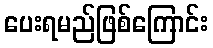
ပေးရမည်ဖြစ်ကြောင်း